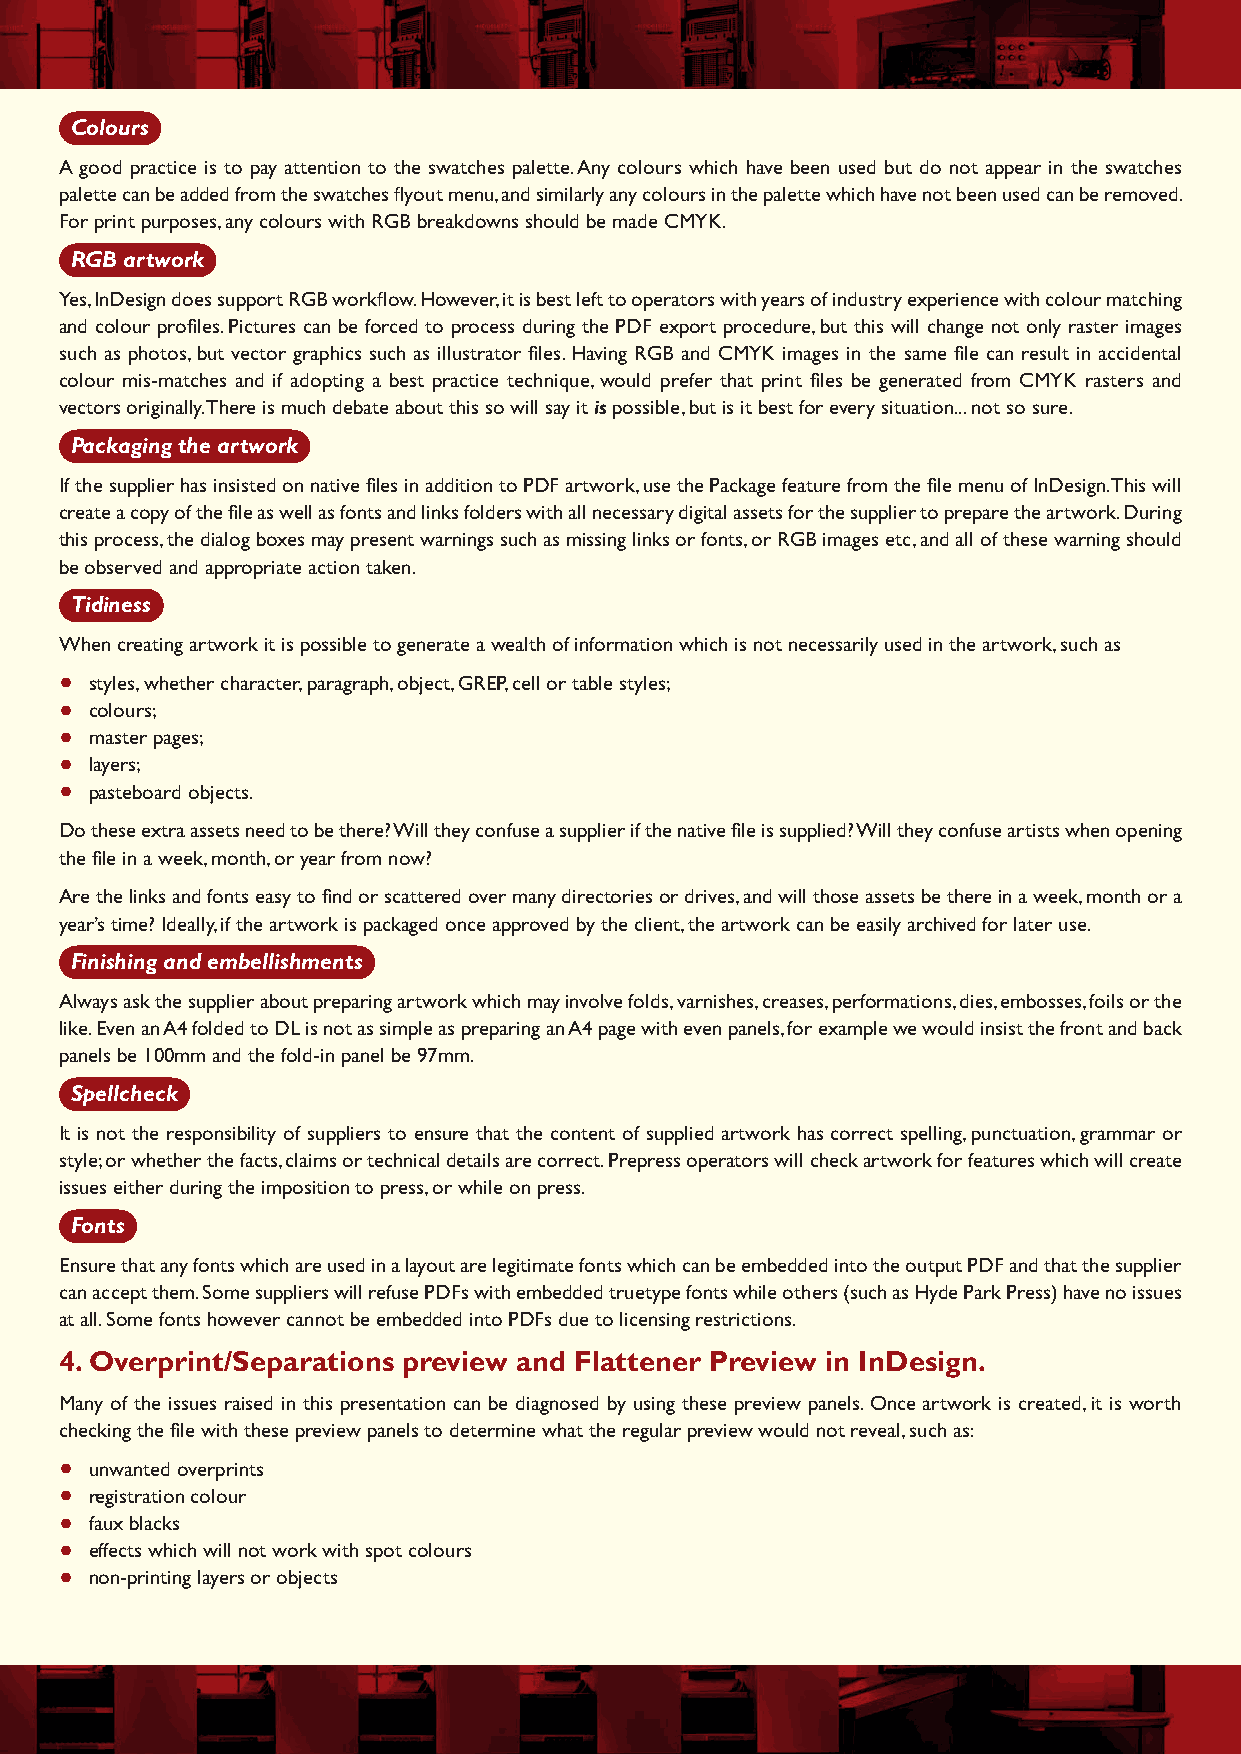
Colours
 A good practice is to pay attention to the swatches palette. Any colours which have been used but do not appear in the swatches
 palette can be added from the swatches flyout menu, and similarly any colours in the palette which have not been used can be removed.
 For print purposes, any colours with RGB breakdowns should be made CMYK.
 RGB artwork
 Yes, InDesign does support RGB workflow. However, it is best left to operators with years of industry experience with colour matching
 and colour profiles. Pictures can be forced to process during the PDF export procedure, but this will change not only raster images
 such as photos, but vector graphics such as illustrator files. Having RGB and CMYK images in the same file can result in accidental
 colour mis-matches and if adopting a best practice technique, would prefer that print files be generated from CMYK rasters and
 vectors originally. There is much debate about this so will say it is possible, but is it best for every situation... not so sure.
 Packaging the artwork
 If the supplier has insisted on native files in addition to PDF artwork, use the Package feature from the file menu of InDesign. This will
 create a copy of the file as well as fonts and links folders with all necessary digital assets for the supplier to prepare the artwork. During
 this process, the dialog boxes may present warnings such as missing links or fonts, or RGB images etc, and all of these warning should
 be observed and appropriate action taken.
 Tidiness
 When creating artwork it is possible to generate a wealth of information which is not necessarily used in the artwork, such as
 •
 styles, whether character, paragraph, object, GREP, cell or table styles;
 •
 colours;
 •
 master pages;
 •
 layers;
 •
 pasteboard objects.
 Do these extra assets need to be there? Will they confuse a supplier if the native file is supplied? Will they confuse artists when opening
 the file in a week, month, or year from now?
 Are the links and fonts easy to find or scattered over many directories or drives, and will those assets be there in a week, month or a
 year’s time? Ideally, if the artwork is packaged once approved by the client, the artwork can be easily archived for later use.
 Finishing and embellishments
 Always ask the supplier about preparing artwork which may involve folds, varnishes, creases, performations, dies, embosses, foils or the
 like. Even an A4 folded to DL is not as simple as preparing an A4 page with even panels, for example we would insist the front and back
 panels be 100mm and the fold-in panel be 97mm.
 Spellcheck
 It is not the responsibility of suppliers to ensure that the content of supplied artwork has correct spelling, punctuation, grammar or
 style; or whether the facts, claims or technical details are correct. Prepress operators will check artwork for features which will create
 issues either during the imposition to press, or while on press.
 Fonts
 Ensure that any fonts which are used in a layout are legitimate fonts which can be embedded into the output PDF and that the supplier
 can accept them. Some suppliers will refuse PDFs with embedded truetype fonts while others (such as Hyde Park Press) have no issues
 at all. Some fonts however cannot be embedded into PDFs due to licensing restrictions.
 4. Overprint/Separations preview and Flattener Preview in InDesign.
 Many of the issues raised in this presentation can be diagnosed by using these preview panels. Once artwork is created, it is worth
 checking the file with these preview panels to determine what the regular preview would not reveal, such as:
 •
 unwanted overprints
 •
 registration colour
 •
 faux blacks
 •
 effects which will not work with spot colours
 •
 non-printing layers or objects